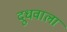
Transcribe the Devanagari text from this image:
दूधवाला